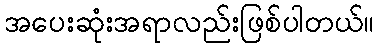
အပေးဆုံးအရာလည်းဖြစ်ပါတယ်။